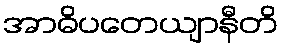
အာဓိပတေယျာနီတိ